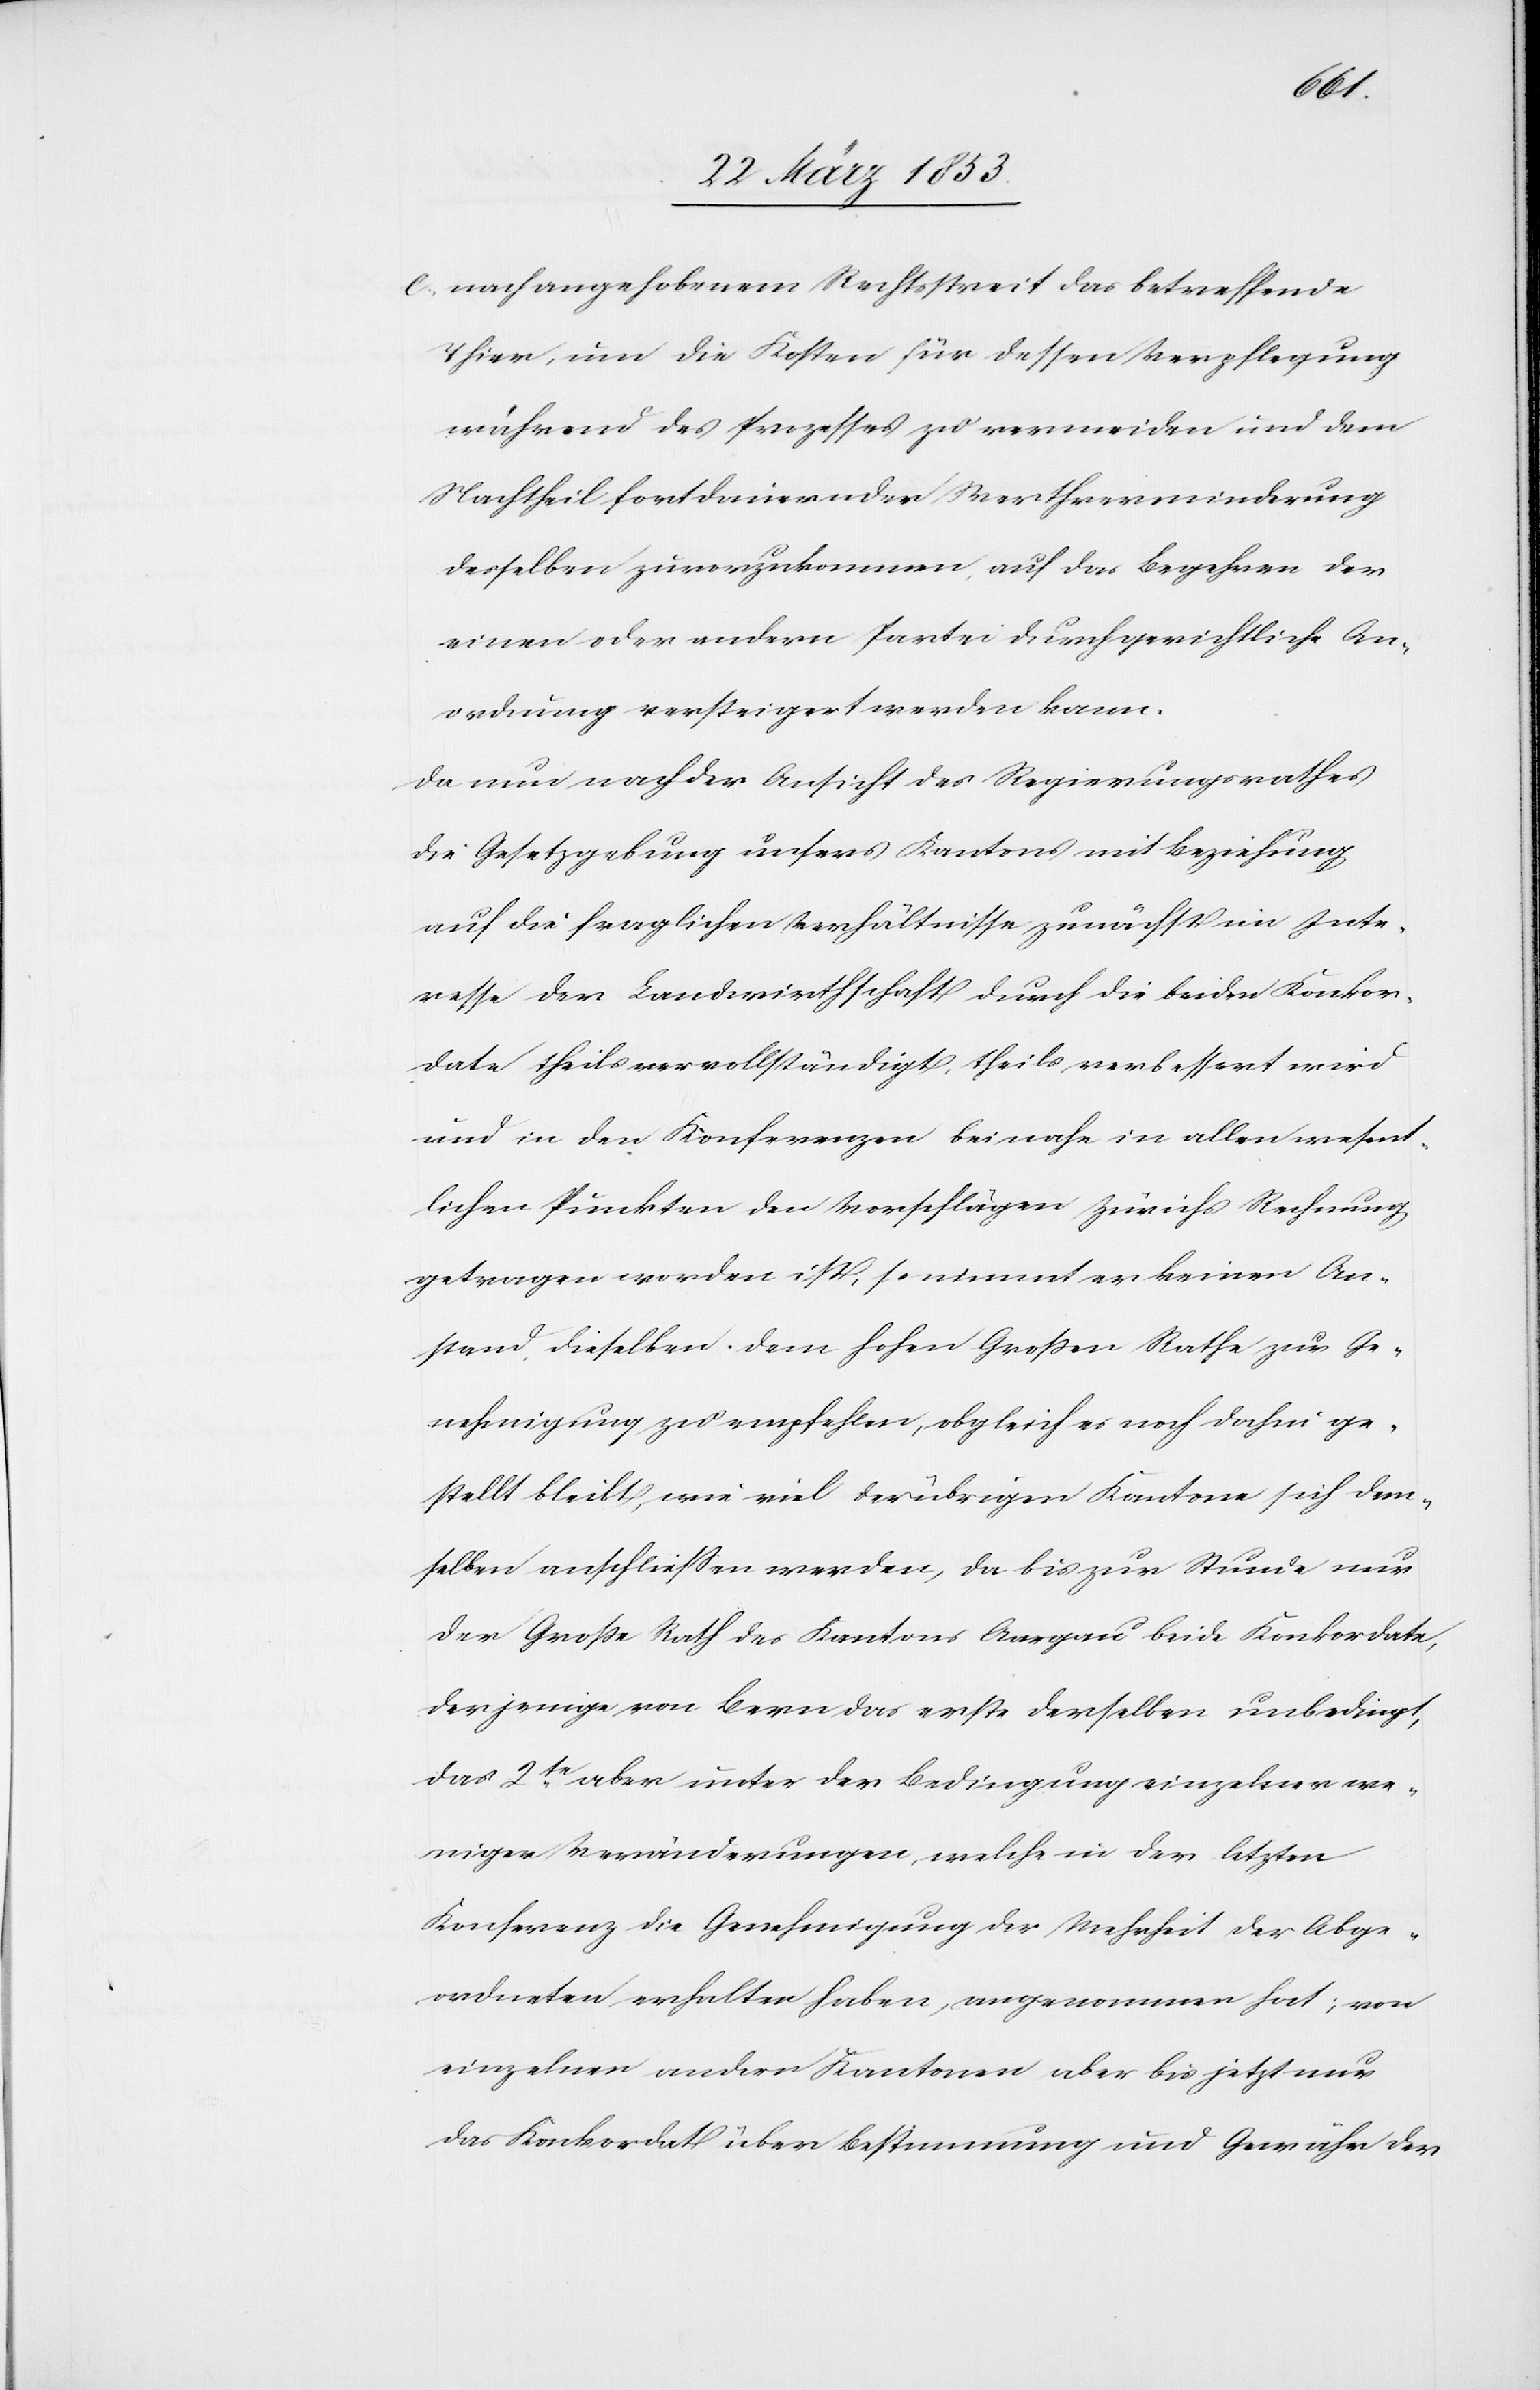
e, nach angehobenem Rechtsstreit das betreffende
Thier, um die Kosten für dessen Verpflegung
während des Prozesses zu vermeiden und dem
Nachtheil fortdauernder Werthverminderung
desselben zuvorzukommen, auf das Begehren der
einen oder andern Partei durch gerichtliche An¬
ordnung versteigert werden kann.
Da nun nach der Ansicht des Regierungsrathes
die Gesetzgebung unsers Kantons mit Beziehung
auf die fraglichen Verhältnisse zunächst im Inte¬
resse der Landwirthschaft durch die beiden Konkor¬
date theils vervollständigt, theils, verbessert wird
und in den Konferenzen beinahe, in allen wesent¬
lichen Punkten den Vorschlägen Zürichs Rechnung
getragen worden ist, so nimmt er keinen An¬
stand, dieselben dem hohen Großen Rathe zur Ge¬
nehmigung zu empfehlen, obgleich es noch dahin ge¬
stellt bleibt, wie viel der übrigen Kantone sich dem¬
selben anschließen werden, da bis zur Stunde nur
der Große Rath des Kantons Aargau beide Konkordate,
derjenige von Bern das erste derselben unbedingt,
das 2te. aber unter der Bedingung einzelner we¬
niger Veränderungen, welche in der letzten
Konferenz die Genehmigung der Mehrheit der Abge¬
ordneten erhalten haben, angenommen hat; von
einzelnen andern Kantonen aber bis jetzt nur
das Konkordat über Bestimmung und Gewähr der